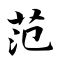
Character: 范